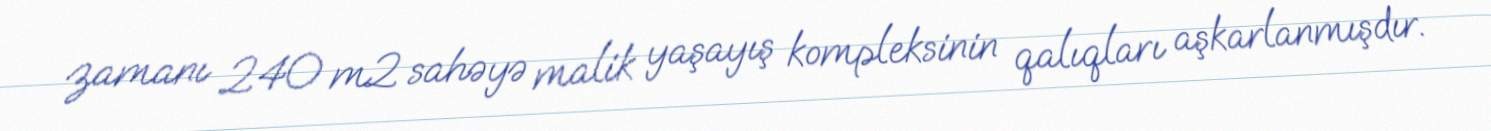
zamanı 240 m2 sahəyə malik yaşayış kompleksinin qalıqları aşkarlanmışdır.